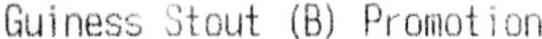
GUINESS STOUT (B) PROMOTION